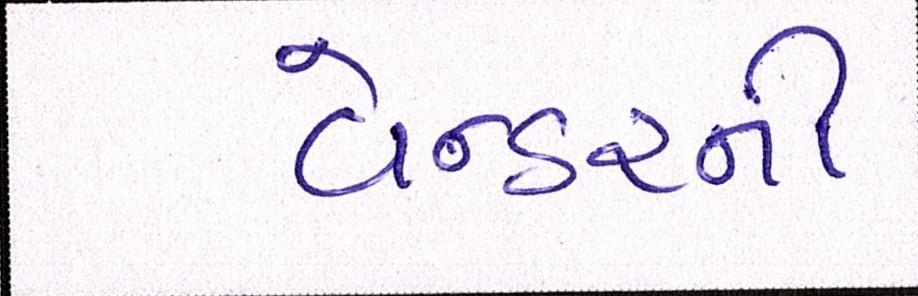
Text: વેન્ડરની